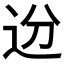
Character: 𬨟